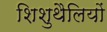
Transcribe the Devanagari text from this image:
शिशुथैलियों